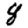
Digit: 8